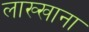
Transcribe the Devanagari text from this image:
लाख्खाना